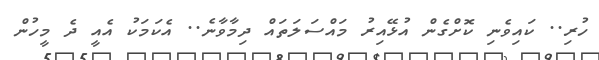
ހުރި.. ކައިވެނި ކޮށްގެން އުޅޭއިރު މައްސަލަތައް ދިމާވާނެ.. އެކަމަކު އެއީ ދެ މީހުން